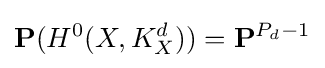
\mathbf {P} (H^{0}(X,K_{X}^{d}))=\mathbf {P} ^{P_{d}-1}